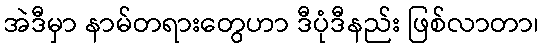
အဲဒီမှာ နာမ်တရားတွေဟာ ဒီပုံဒီနည်း ဖြစ်လာတာ၊